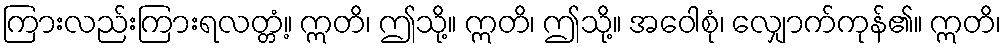
ကြားလည်းကြားရလတ္တံ့။ ဣတိ၊ ဤသို့။ ဣတိ၊ ဤသို့။ အဝေါစုံ၊ လျှောက်ကုန်၏။ ဣတိ၊